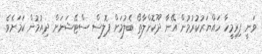
ވަނީ ފިރިމީހާ ހައްޔަރުކުރުމުން އޭނާ ދޫކޮށްލާތޯ ބެލުމަށް ޕޮލިސް ސްޓޭޝަނަށް ދިއުމުން ކަމަށެވެ.